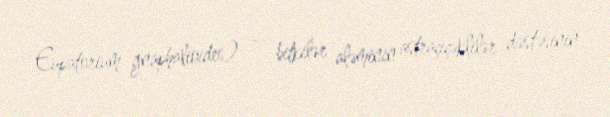
Eupatorium gnaphalioides) — bitkilər aləminin astraçiçəklilər dəstəsinin